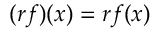
( r f ) ( x ) = r f ( x )